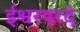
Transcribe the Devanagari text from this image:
ईश्वरवरदे